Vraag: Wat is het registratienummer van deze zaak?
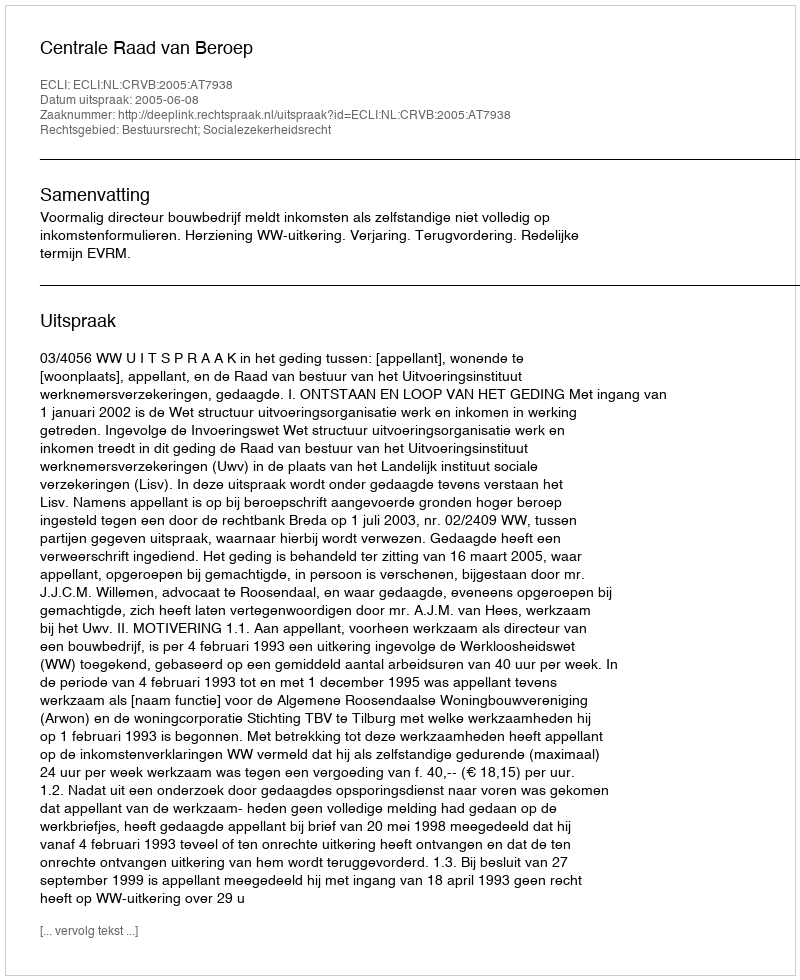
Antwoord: http://deeplink.rechtspraak.nl/uitspraak?id=ECLI:NL:CRVB:2005:AT7938